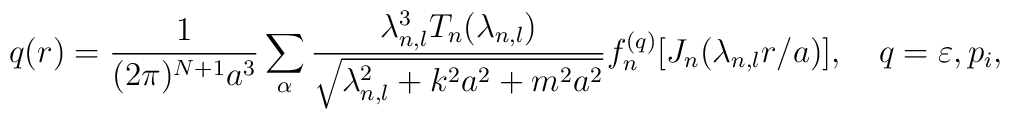
q(r)=\frac{1}{(2\pi )^{N+1}a^{3}}\sum_{{\bf \alpha }}\frac{\lambda_{n,l}^{3}T_{n}(\lambda _{n,l})}{\sqrt{\lambda_{n,l}^{2}+k^{2}a^{2}+m^{2}a^{2}}}f_{n}^{(q)}[J_{n}(\lambda_{n,l}r/a)],\quad q=\varepsilon ,p_{i},